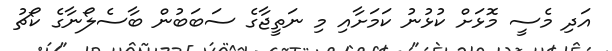
އަދި މެސީ މޮޅަށް ކުޅުނު ކަމަށާއި މި ނަތީޖާގެ ސަބަބުން ބާސެލޯނާގެ ކޯޗު